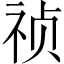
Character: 祯